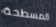
المسطحة